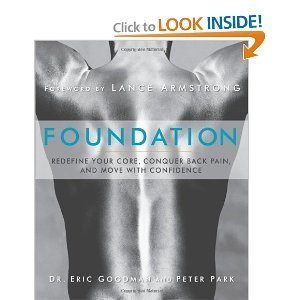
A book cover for Foundation: Redefine Your Core, Conquer Back Pain, and Move with Confidence (Paperback) By Eric Goodman; ERIC GOODMAN; Health, Fitness & Dieting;